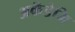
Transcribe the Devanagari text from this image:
अकॅडेमि